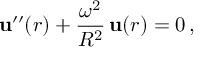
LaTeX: { \bf u } ^ { \prime \prime } ( r ) + \frac { \omega ^ { 2 } } { R ^ { 2 } } \, { \bf u } ( r ) = 0 \, { , }